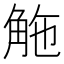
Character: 𧣟